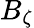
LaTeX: B_{\zeta}